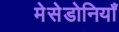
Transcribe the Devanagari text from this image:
मेसेडोनियाँ